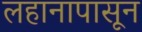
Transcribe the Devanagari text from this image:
लहानापासून